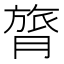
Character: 膂